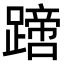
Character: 𨅙